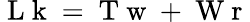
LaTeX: \mathrm{~L~k~}=\mathrm{~T~w~}+\mathrm{~W~r~}